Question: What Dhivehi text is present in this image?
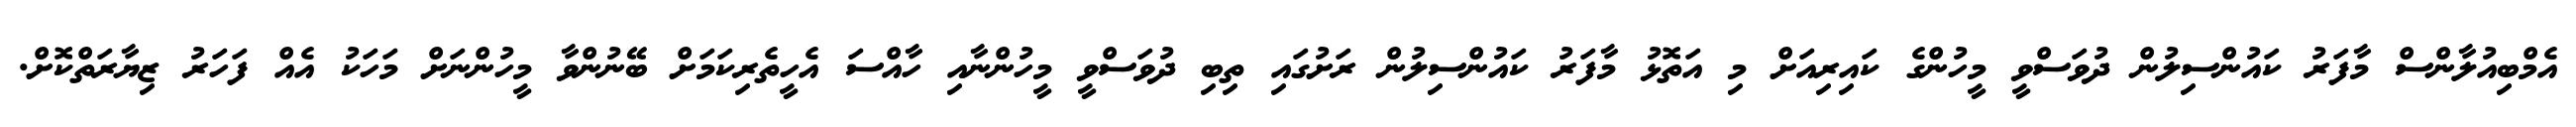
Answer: އެމްބިއުލާންސް މާފަރު ކައުންސިލުން ދުވަސްވީ މީހުންގެ ކައިރިއަށް މި އަތޮޅު މާފަރު ކައުންސިލުން ރަށުގައި ތިބި ދުވަސްވީ މީހުންނާއި ހާއްސަ އެހީތެރިކަމަށް ބޭނުންވާ މީހުންނަށް މަހަކު އެއް ފަހަރު ޒިޔާރަތްކޮށް.